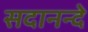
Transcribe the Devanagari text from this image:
सदानन्दे